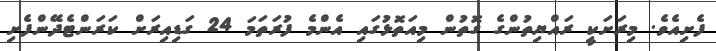
ފެށިއެވެ. މިރަށަކީ ރައްޔިތުންގެ ގޮތުން މިއަތޮޅުގައި އެންމެ ފުރަތަމަ 24 ގަޑިއިރަށް ކަރަންޓެދޭންފެށި